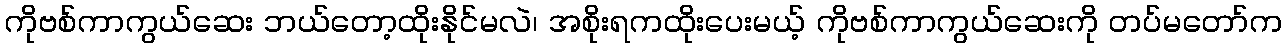
ကိုဗစ်ကာကွယ်ဆေး ဘယ်တော့ထိုးနိုင်မလဲ၊ အစိုးရကထိုးပေးမယ့် ကိုဗစ်ကာကွယ်ဆေးကို တပ်မတော်က